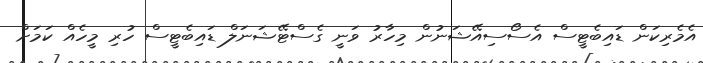
އެމެރިކަން ޑައިބެޓީސް އެސޯސިއޭޝަނުން މިހާރު ވަނީ ގެސްޓޭޝަނަލް ޑައިބެޓީސް ހުރި މީހެއް ކަމަށް